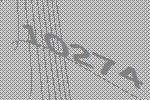
10274